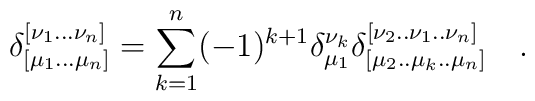
\delta^{[\nu_1...\nu_n]}_{[\mu_1...\mu_n]}=\sum_{k=1}^{n}(-1)^{k+1}\delta ^{\nu_k}_{\mu_1}\delta^{[\nu_2..\nu_1..\nu_n]}_{[\mu_2..\mu_k..\mu_n]}~~~.